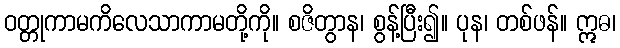
ဝတ္တုကာမကိလေသာကာမတို့ကို။ စဇိတွာန၊ စွန့်ပြီး၍။ ပုန၊ တစ်ဖန်။ ဣဓ၊